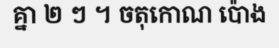
គ្នា ២ ៗ ។ ចតុកោណ ប៉ោង